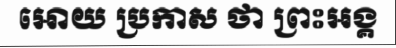
អោយ ប្រកាស ថា ព្រះអង្គ